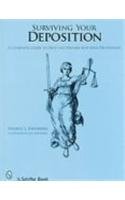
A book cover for Surviving Your Deposition: A Complete Guide to Help You Prepare for Your Deposition; Fredric J. Friedberg; Law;